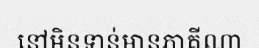
នៅមិនទាន់មានភាគីណា